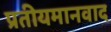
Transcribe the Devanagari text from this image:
प्रतीयमानवाद